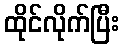
ထိုင်လိုက်ပြီး